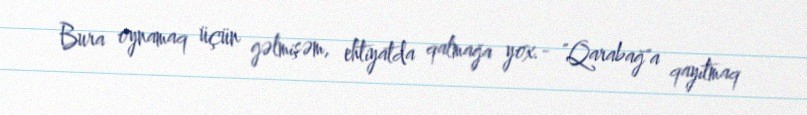
Bura oynamaq üçün gəlmişəm, ehtiyatda qalmağa yox.- "Qarabağ"a qayıtmaq